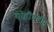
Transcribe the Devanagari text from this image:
योहीमबीन